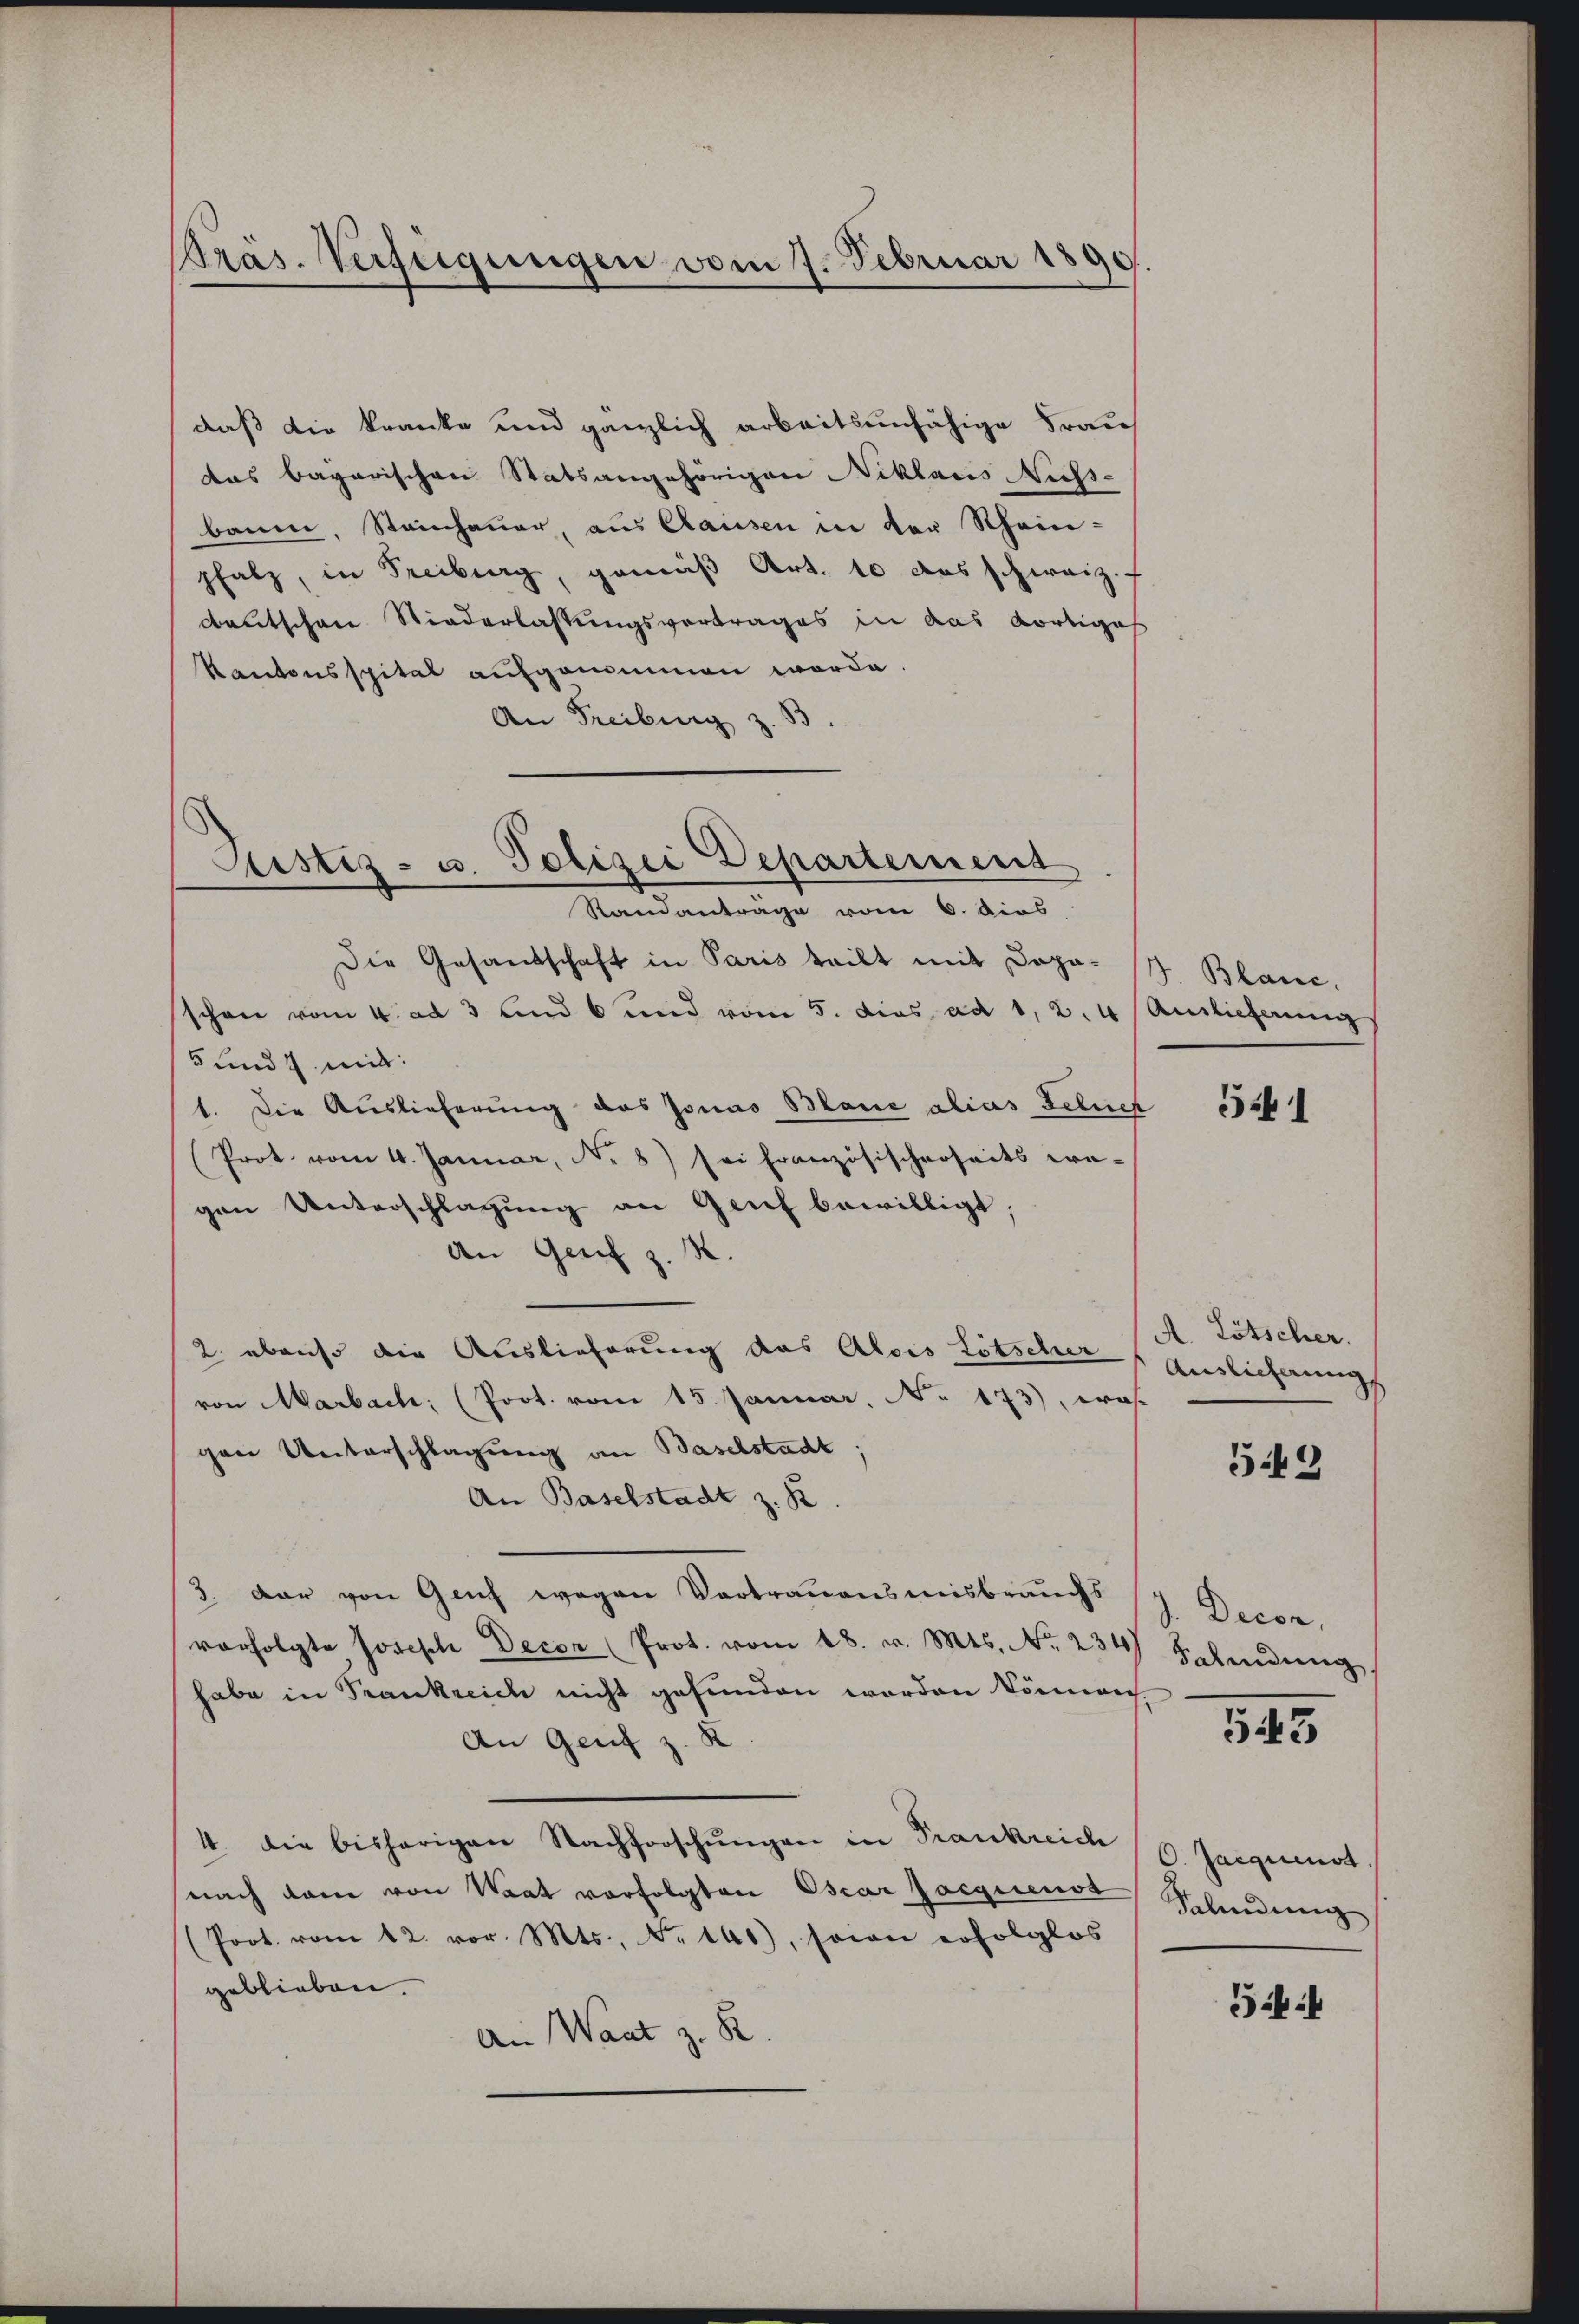
Präs. Verfügungen vom 7. Februar 1890

daß die kranke und gänzlich arbeitsunfähige Frau
das bagarischen Statsangehörigen Niklaus Nichs-
baum, Steinhauer, aus Rausen in der Rhein-
pfalz, in Freiburg, gemäß Art. 10 das schweiz.
deutschen Niederlassungsvortrages in das dortiges
Kantonsspital aufgenommen worde.
An Freiburg z. B
Die Gesandschaft in Paris teilt mit Dapa-
schon vom 4. ad 3 und 6 und vom 5. dies ad 1, 2. 4
5 und 4 mit:
1. Die Auslieferung des Jonas Blaue alias Gelief
(Prot. vom 4. Januar, N. 8) sei französischerseits we-
gen Unterschlagung an Genf bewilligt;
An Genf z. R.
2. ebenso die Auslieferung das Alois Lötscher
von Marbach; (Prot. vom 15. Januar, No. 173), was
gen Unterschlagung an Baselstadt.
An Baselstadt z. B
3. dar von Genf wegen Vortrauensmisbrauchs
vorfolgte Josisch Decor (Prot. vom 18. v. Mts. No. 234
habe in Frankreich nicht gefunden worden können
An Genf z. K
4. Die bisherigen Nachforschungen in Trankreich
(nach dem von Waat vorfolgten Oscar Jacquenst
(Poot. vom 12. vor. Mts., No 140), sowie erfolglos
geblieben
An Waat z. B

Justiz- u. Polizei Departement
Randantrage vom 6. dies

Blanc.
Ainlicherung

541

A. Lötscher.
Auslichnung

542

J. Decon
Falindung

543

O. Jacquenst
Selindung

54